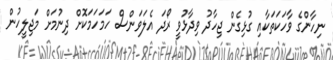
ނިހާންގެ ވާހަކަތަކާއި ގުޅިގެން ޖިހާދު ވިދާޅުވީ ރޯދަ އެލަވަންސް ހަމަހަމަކޮށް ދިނުމަށް މަޖިލީހުން